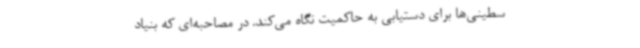
سطینی‌ها برای دستیابی به حاکمیت نگاه می‌کند. در مصاحبه‌ای که بنیاد